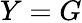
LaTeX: Y=G